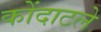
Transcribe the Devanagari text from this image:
कोंदाटले